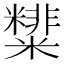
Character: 𥽑